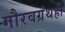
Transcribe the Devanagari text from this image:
गौरवग्रंथही